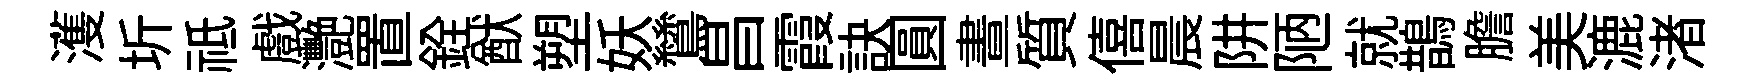
濩圻祗戲灧置銓猷塑妖鷥昌霞訣圓晝質僖晨阱陋就鵲膽美漉渚